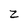
Character: z